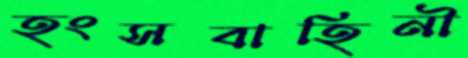
হংসবাহিনী